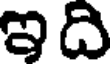
ఇది